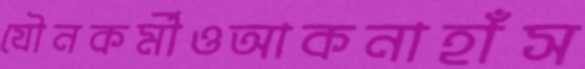
যৌনকর্মীওআকনাহাঁস